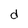
Character: d